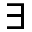
\exists